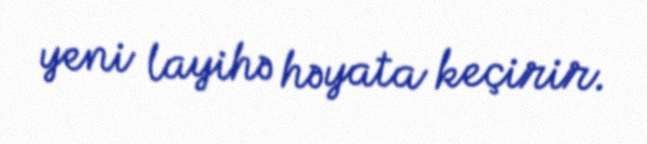
yeni layihə həyata keçirir.